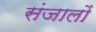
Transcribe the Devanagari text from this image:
संजालों